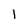
Character: 1